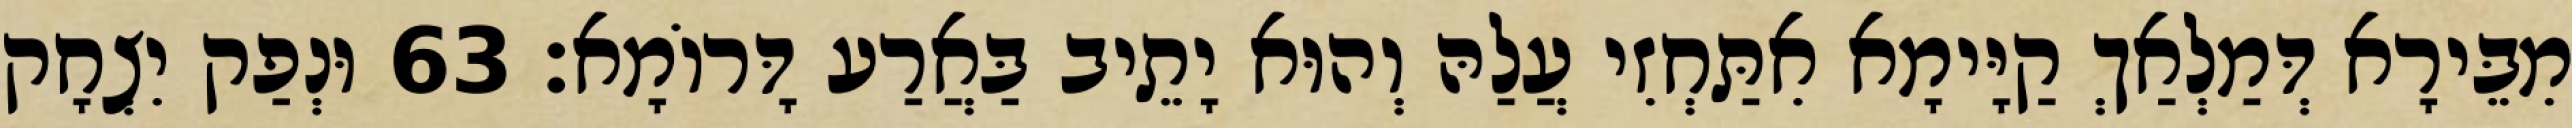
מִבֵּירָא דְּמַלְאַךְ קַיָּימָא אִתַּחְזִי עֲלַהּ וְהוּא יָתֵיב בַּאֲרַע דָּרוֹמָא׃ 63 וּנְפַק יִצְחָק